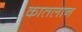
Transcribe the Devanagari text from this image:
कातलान